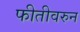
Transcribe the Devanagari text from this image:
फीतीवरुन